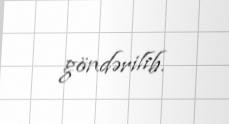
göndərilib.